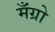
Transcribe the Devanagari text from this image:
मँग्रो